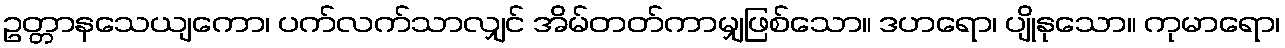
ဥတ္တာနသေယျကော၊ ပက်လက်သာလျှင် အိမ်တတ်ကာမျှဖြစ်သော။ ဒဟရော၊ ပျိုနုသော။ ကုမာရော၊